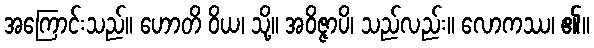
အကြောင်းသည်။ ဟောတိ ဝိယ၊ သို့။ အဝိဇ္ဇာပိ၊ သည်လည်း။ လောကဿ၊ ၏။